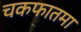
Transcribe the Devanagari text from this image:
चकफातमा